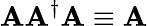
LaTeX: \mathbf{A}\mathbf{A}^{\dagger}\mathbf{A}\equiv\mathbf{A}